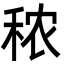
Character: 秾